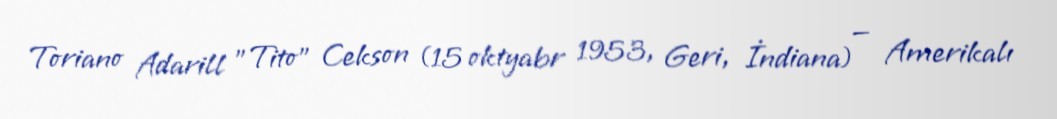
Toriano Adarill "Tito" Cekson (15 oktyabr 1953, Geri, İndiana) — Amerikalı